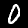
Label: 0